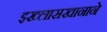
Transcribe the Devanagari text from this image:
इख्लासखानाने